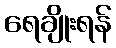
ရေချိုးရန်